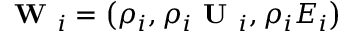
\textbf { W } _ { i } = \left( \rho _ { i } , \rho _ { i } \textbf { U } _ { i } , \rho _ { i } E _ { i } \right)